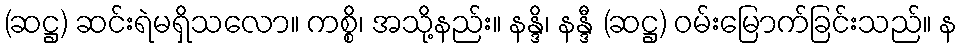
(ဆဋ္ဌ) ဆင်းရဲမရှိသလော။ ကစ္စိ၊ အသို့နည်း။ နန္ဒိ၊ နန္ဒီ (ဆဋ္ဌ) ဝမ်းမြောက်ခြင်းသည်။ န